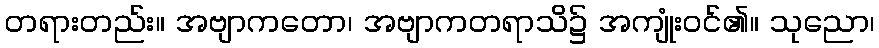
တရားတည်း။ အဗျာကတော၊ အဗျာကတရာသိ၌ အကျုံးဝင်၏။ သုညော၊